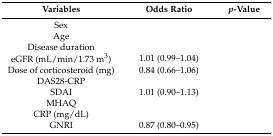
<table><thead><tr><td><b>Variables</b></td><td><b>Odds Ratio</b></td><td><b><i>p</i>-Value</b></td></tr></thead><tbody><tr><td>Sex</td><td>[EMPTY_CELL]</td><td>[EMPTY_CELL]</td></tr><tr><td>Age</td><td>[EMPTY_CELL]</td><td>[EMPTY_CELL]</td></tr><tr><td>Disease duration</td><td>[EMPTY_CELL]</td><td>[EMPTY_CELL]</td></tr><tr><td>eGFR (mL/min/1.73 m<sup>3</sup>)</td><td>1.01 (0.99–1.04)</td><td>[EMPTY_CELL]</td></tr><tr><td>Dose of corticosteroid (mg)</td><td>0.84 (0.66–1.06)</td><td>[EMPTY_CELL]</td></tr><tr><td>DAS28-CRP</td><td>[EMPTY_CELL]</td><td>[EMPTY_CELL]</td></tr><tr><td>SDAI</td><td>1.01 (0.90–1.13)</td><td>[EMPTY_CELL]</td></tr><tr><td>MHAQ</td><td>[EMPTY_CELL]</td><td>[EMPTY_CELL]</td></tr><tr><td>CRP (mg/dL)</td><td>[EMPTY_CELL]</td><td>[EMPTY_CELL]</td></tr><tr><td>GNRI</td><td>0.87 (0.80–0.95)</td><td>[EMPTY_CELL]</td></tr></tbody></table>